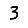
Digit: 3